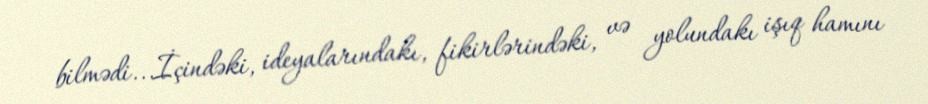
bilmədi...İçindəki, ideyalarındakı, fikirlərindəki, və yolundakı işıq hamını